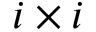
i \times i